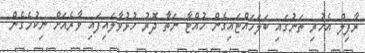
ރާފިލް އެހުރި ތަނުގައި ބަލަހައްޓައިގެން ހުއްޓާ ނަތާ ދޮރު ހުޅުވާލައިފައި ވާރެއަށް ނިކުމެގެން